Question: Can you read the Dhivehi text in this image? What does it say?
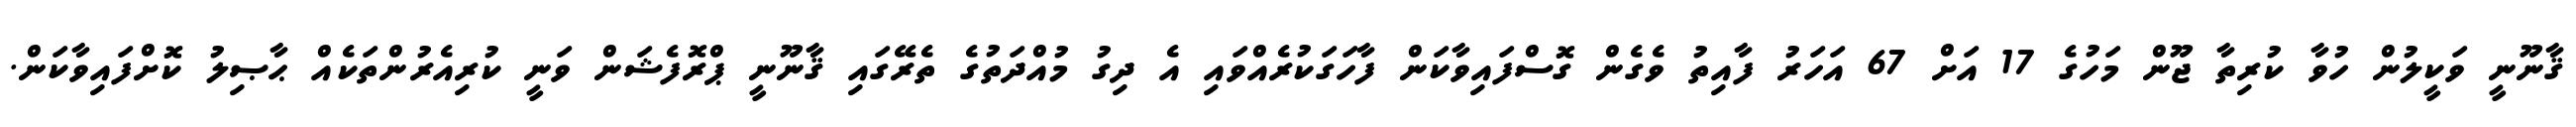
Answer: ޤާނޫނީ ވަކީލުން ހުވާ ކުރިތާ ޖޫން މަހުގެ 17 އަށް 67 އަހަރު ފާއިތު ވެގެން ގޮސްފައިވާކަން ފާހަގަކުރެއްވައި އެ ދިގު މުއްދަތުގެ ތެރޭގައި ޤާނޫނީ ޕްރޮފެޝަން ވަނީ ކުރިއެރުންތަކެއް ޙާޞިލު ކޮށްފައިވާކަން.